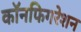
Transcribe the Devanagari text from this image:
कॉनफिगरेशन